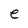
Character: e